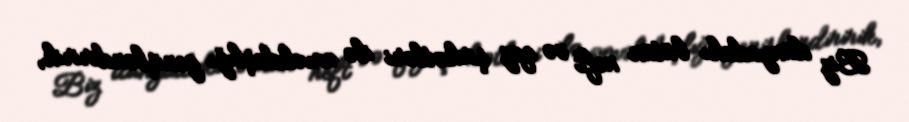
Biz dünyadakı bütün neft və qaz şirkətləri ilə əməkdaşlığı genişləndiririk,